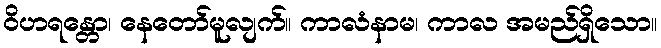
ဝိဟရန္တော၊ နေတော်မူလျက်။ ကာလံနာမ၊ ကာလ အမည်ရှိသော။